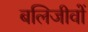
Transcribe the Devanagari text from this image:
बलिजीवों